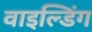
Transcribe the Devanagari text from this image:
वाइल्डिंग